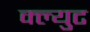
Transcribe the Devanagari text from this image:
क्ल्युट